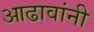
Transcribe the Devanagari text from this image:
आढावांनी